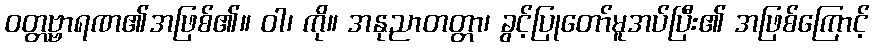
ဝတ္တဗ္ဗာရဏ၏အဖြစ်၏။ ဝါ၊ ကို။ အနုညာတတ္တာ၊ ခွင့်ပြုတော်မူအပ်ပြီး၏ အဖြစ်ကြောင့်